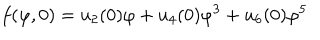
LaTeX: f ( \varphi , 0 ) = u _ { 2 } ( 0 ) \varphi + u _ { 4 } ( 0 ) \varphi ^ { 3 } + u _ { 6 } ( 0 ) \varphi ^ { 5 }